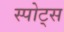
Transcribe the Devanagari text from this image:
स्‍पोट्स